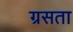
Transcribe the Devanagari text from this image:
ग्रसता